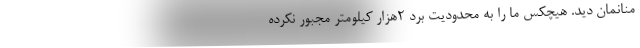
منانمان دید. هیچکس ما را به محدودیت برد 2هزار کیلومتر مجبور نکرده